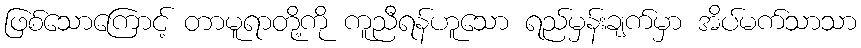
ဖြစ်သောကြောင့် တာမူရာတို့ကို ကူညီရန်ဟူသော ရည်မှန်းချက်မှာ အိပ်မက်သာသာ